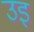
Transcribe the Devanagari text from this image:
उइ